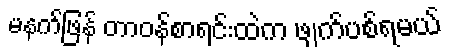
မနက်ဖြန် တာဝန်စာရင်းထဲက ဖျက်ပစ်ရမယ်